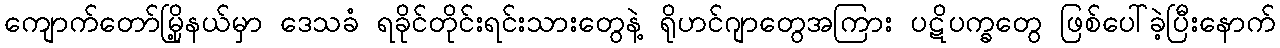
ကျောက်တော်မြို့နယ်မှာ ဒေသခံ ရခိုင်တိုင်းရင်းသားတွေနဲ့ ရိုဟင်ဂျာတွေအကြား ပဋိပက္ခတွေ ဖြစ်ပေါ်ခဲ့ပြီးနောက်